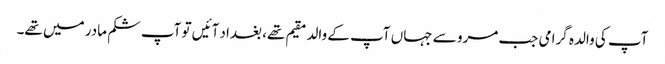
آپ کی والدہ گرامی جب مرو سے جہاں آپ کے والد مقیم تھے، بغداد آئیں تو آپ شکم مادر میں تھے۔